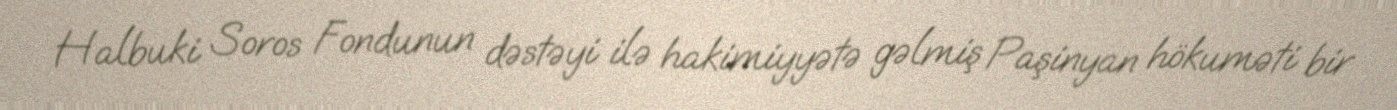
Halbuki Soros Fondunun dəstəyi ilə hakimiyyətə gəlmiş Paşinyan hökuməti bir